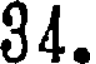
34.